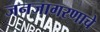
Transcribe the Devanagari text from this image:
जनजागरणाचे